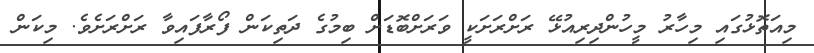
މިއަތޮޅުގައި މިހާރު މީހުންދިރިއުޅޭ ރަށްރަށަކީ ވަރަށްބޮޑަށް ބިމުގެ ދަތިކަން ފޯރާފައިވާ ރަށްރަށެވެ. މިކަން